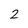
Character: 2